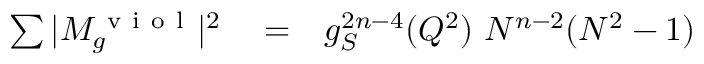
\begin{array} { r l r } { \sum \vert M _ { g } ^ { \mathrm { ~ v ~ i ~ o ~ l ~ } } \vert ^ { 2 } } & { { } = } & { g _ { S } ^ { 2 n - 4 } ( Q ^ { 2 } ) ~ N ^ { n - 2 } ( N ^ { 2 } - 1 ) } \end{array}